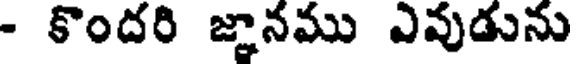
- కొందరి జ్ఞానము ఎవుడును